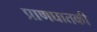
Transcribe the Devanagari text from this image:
प्राणघातकी